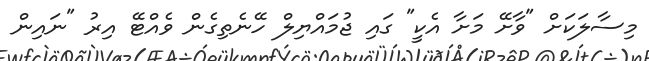
މިސާލަކަށް "ވާށޭ މަށާ އެކީ" ގައި ޖުމައްޔިލް ހޭނެތިގެން ވެއްޓޭ އިރު "ނައިން